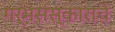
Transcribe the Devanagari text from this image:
गर्भसंस्काराचे